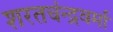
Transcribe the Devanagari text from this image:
शरतचंन्द्रवर्मा